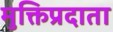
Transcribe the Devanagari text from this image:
मुक्तिप्रदाता